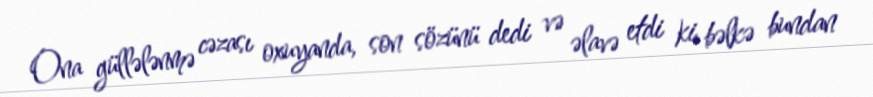
Ona güllələnmə cəzası oxuyanda, son sözünü dedi və əlavə etdi ki, bəlkə bundan